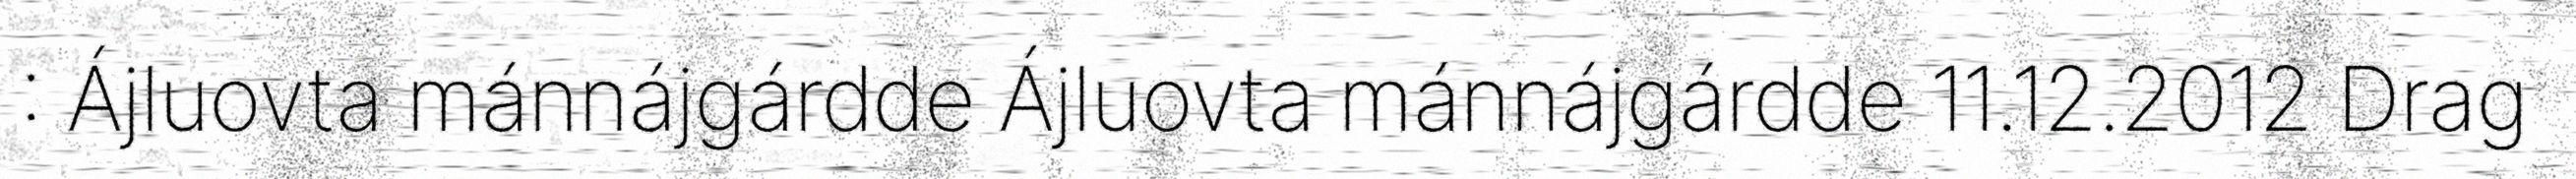
: Ájluovta mánnájgárdde Ájluovta mánnájgárdde 11.12.2012 Drag